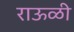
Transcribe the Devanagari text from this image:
राऊळी